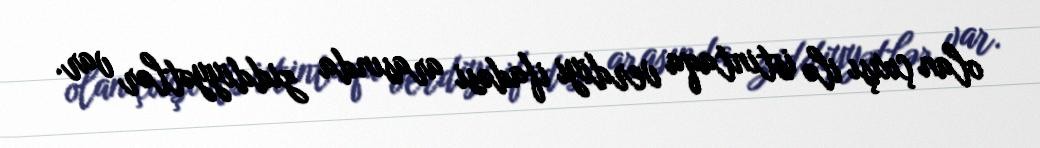
olan çıxışı ilə istintaqa verdiyi ifadəsi arasında ziddiyyətlər var.